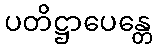
ပတိဋ္ဌာပေန္တေ